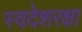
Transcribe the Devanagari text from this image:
स्वदेशरक्षा